Account of plague administration in the Bombay Presidency from September 1896 till May 1897
Year: 1896
Disease focus: Plague
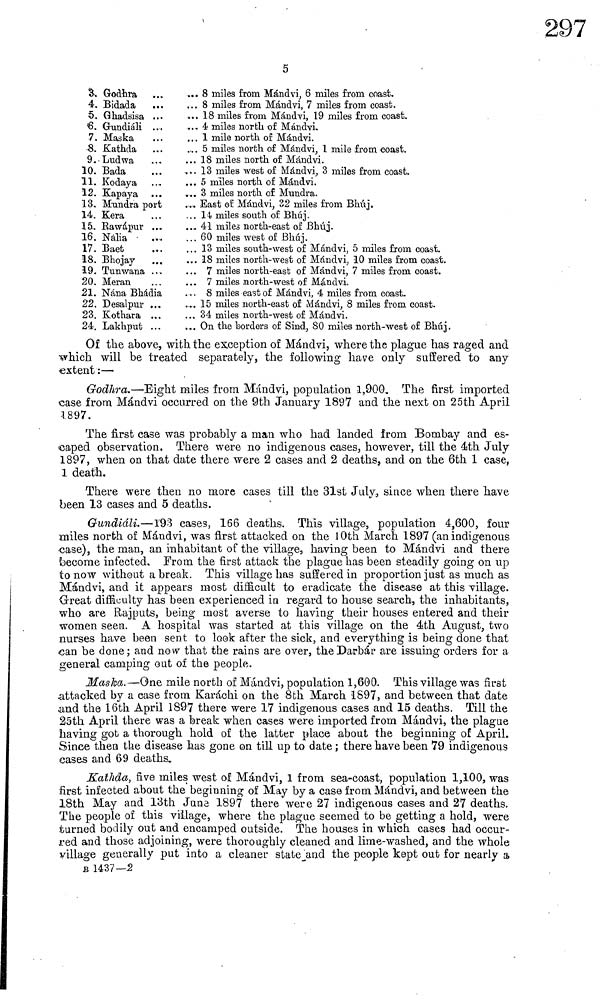
5
3.
4.
5.
6.
7.
8.
9.
10.
11.
12.
13.
14.
15.
16.
17.
18.
19.
20.
21.
22.
23.
24.
Godhra
Bidada
Ghadsisa
Gundiáli
Maska
Kathda
Ludwa
Bada
Kodaya
Kapaya
Mundra port
Kera
Rawápur
Nália
Baet
Bhojay
Tunwana
Meran
Nana Bhádia
Desalpur
Kothara
Lakhput
8 miles from Mándvi, 6 miles from coast.
8 miles from Mándvi, 7 miles from coast.
18 miles from Mándvi, 19 miles from coast.
4 miles north of Mándvi.
1 mile north of Mándvi.
5 miles north of Mándvi, 1 mile from coast.
18 miles north of Mándvi.
13 miles west of Mándvi, 3 miles from coast.
5 miles north of Mándvi.
3 miles north of Mundra.
East of Mándvi, 32 miles from Bhúj.
14 miles south of Bhúj.
41 miles north-east of Bhúj.
60 miles west of Bhúj.
13 miles south-west of Mándvi, 5 miles from coast.
18 miles north- west of Mándvi, 10 miles from coast.
7 miles north-east of Mándvi, 7 miles from coast.
7 miles north-west of Mándvi.
8 miles east of Mándvi, 4 miles from coast.
15 miles north-east of Mándvi, 8 miles from coast.
34 miles north-west of Mándvi.
On the borders of Sind, 80 miles north-west of Bhúj.
Of the above, with the exception of Mándvi, where the plague has raged and
which will be treated separately, the following have only suffered to any
extent :—
Godhra,—Eight miles from Mándvi, population 1,900 The first imported
case from Mándvi occurred on the 9th January 1897 and the next on 25th April
1897.
The first case was probably a man who had landed from Bombay and es-
caped observation. There were no indigenous cases, however, till the 4th July
1897, when on that date there were 2 cases and 2 deaths 9 and on the 6th 1 case,
1 death.
There were then no more cases till the 31st July, since when there have
been 13 cases and 5 deaths.
Gundiáli.—193 cases, 166 deaths. This village, population 4,600, four
miles north of Máudvi, was first attacked on the 10th March 1897 (an indigenous
case), the man, an inhabitant of the village., having been to Mándvi and there
become infected. From the first attack the plague has been steadily going on up
to now without a break. This village has suffered in proportion just as much as
Mándvi, and it appears most difficult to eradicate the disease at this village.
Great difficulty has been experienced in regard to house search, the inhabitants,
who are Rajputs, being most averse to having their houses entered and their
women seen. A hospital was started at this village on the 4th August, two
nurses have been sent to look after the sick, and everything is being done that
can be done; and now that the rains are over, the Darbár are issuing orders for a
general camping out of the people.
Maska. —One mile north of Mándvi, population 1,600. This village was first
attacked by a case from Karachi on the 8th March 1897, and between that date
und the 16th April 1897 there were 17 indigenous cases and 15 deaths. Till the
25th April there was a break when cases were imported from Mándvi, the plague
having gob a thorough hold of the latter place about the beginning of April.
Since then the disease has gone on till up to date ; there have been 79 indigenous
cases and 69 deaths,
Kathda, five miles west of Mándvi, 1 from sea-coast, population 1,100, was
first infected about the beginning of May by a case from Mándvi, and between the
18th May and 13th June 1897 there were 27 indigenous cases and 27 deaths,
The people of this village, where the plague seemed to be getting a hold, were
turned bodily out and encamped outside. The houses in which cases had occur-
red and those adjoining, were thoroughly cleaned and lime-washed, and the whole
village generally put into a cleaner state and the people kept out for nearly a
B 1437—2